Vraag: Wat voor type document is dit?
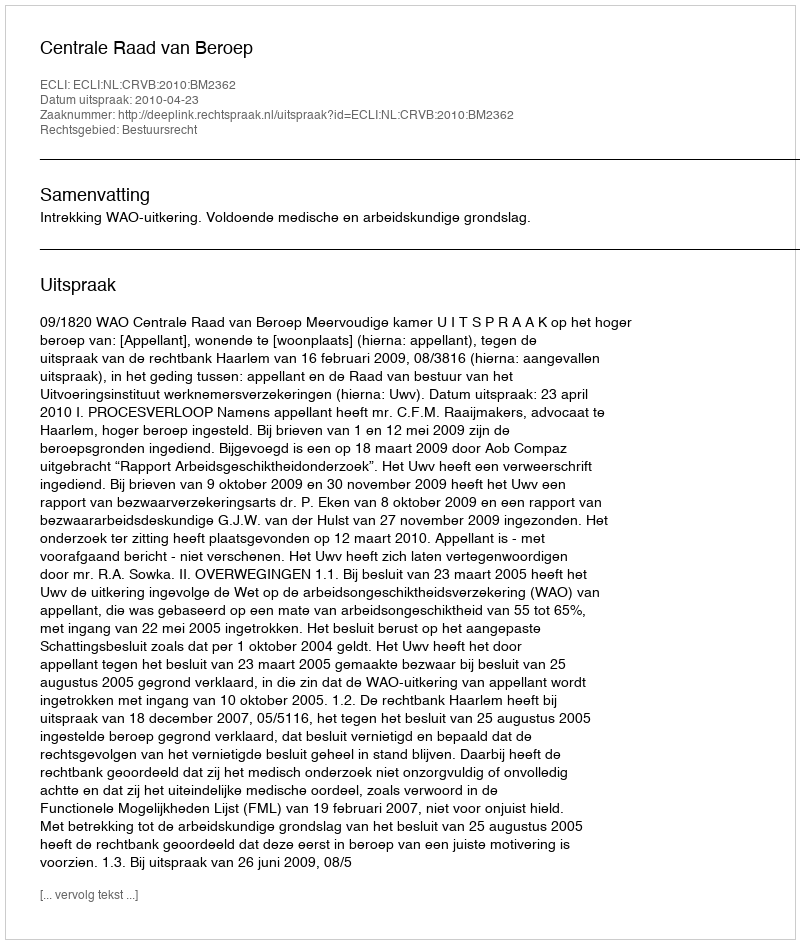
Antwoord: Uitspraak